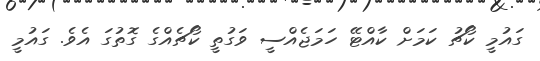
ގައުމީ ކޯޗު ކަމަށް ކާއްޓޭ ހަމަޖެއްސީ ވަގުތީ ކޯޗެއްގެ ގޮތުގަ އެވެ. ގައުމީ